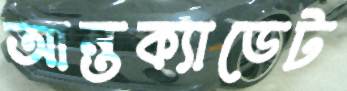
আন্তক্যাডেট